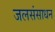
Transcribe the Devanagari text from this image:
जलसंसाधन